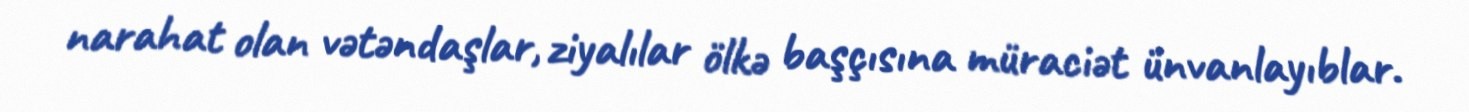
narahat olan vətəndaşlar, ziyalılar ölkə başçısına müraciət ünvanlayıblar.